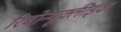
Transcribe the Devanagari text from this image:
रिबोन्यूक्लीइक